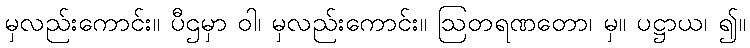
မှလည်းကောင်း။ ပီဌမှာ ဝါ၊ မှလည်းကောင်း။ ဩတရဏတော၊ မှ။ ပဋ္ဌာယ၊ ၍။